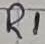
Text: R1